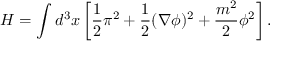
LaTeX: H = \int d ^ { 3 } x \left[ { \frac { 1 } { 2 } } \pi ^ { 2 } + { \frac { 1 } { 2 } } ( \nabla \phi ) ^ { 2 } + { \frac { m ^ { 2 } } { 2 } } \phi ^ { 2 } \right] .